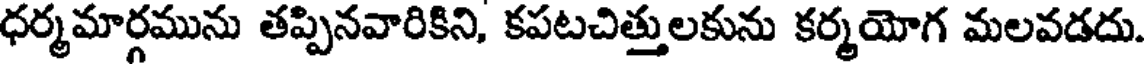
ధర్మమార్గమును తప్పినవారికిని, కపటచిత్తులకును కర్మయోగ మలవడదు.